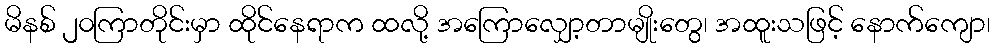
မိနစ် ၂၀ကြာတိုင်းမှာ ထိုင်နေရာက ထလို့ အကြောလျှော့တာမျိုးတွေ၊ အထူးသဖြင့် နောက်ကျော၊